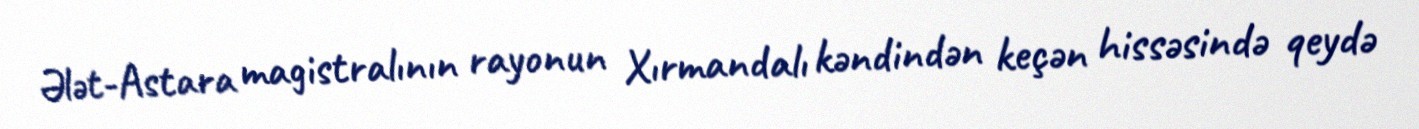
Ələt-Astara magistralının rayonun Xırmandalı kəndindən keçən hissəsində qeydə